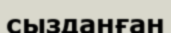
сызданған